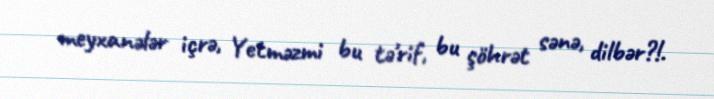
meyxanələr içrə, Yetməzmi bu tə'rif, bu şöhrət sənə, dilbər?!.